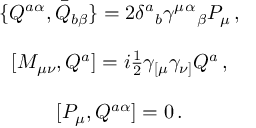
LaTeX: \begin{array} { c } { { \{ Q ^ { a \alpha } , \bar { Q } _ { b \beta } \} = 2 \delta ^ { a } { } _ { b } \gamma ^ { \mu } { } ^ { \alpha } { } _ { \beta } P _ { \mu } \, , } } \\ { { { } } } \\ { { { } [ M _ { \mu \nu } , Q ^ { a } ] = i \textstyle { \frac { 1 } { 2 } } \gamma _ { [ \mu } \gamma _ { \nu ] } Q ^ { a } \, , } } \\ { { { } } } \\ { { { } [ { P } _ { \mu } , Q ^ { a \alpha } ] = 0 \, . } } \end{array}